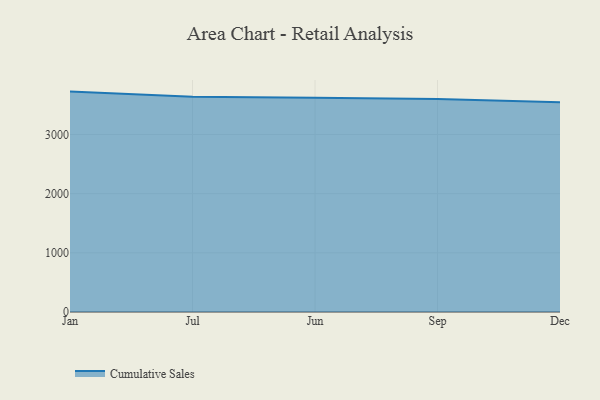
{"axis": {"x": "Month", "y": "Revenue (USD Million)"}, "legend": ["Cumulative Sales"], "data": [{"x": "Jan", "y": 3725.7, "type": "Cumulative Sales"}, {"x": "Jul", "y": 3638.1, "type": "Cumulative Sales"}, {"x": "Jun", "y": 3623.2, "type": "Cumulative Sales"}, {"x": "Sep", "y": 3599.4, "type": "Cumulative Sales"}, {"x": "Dec", "y": 3545.3, "type": "Cumulative Sales"}]}